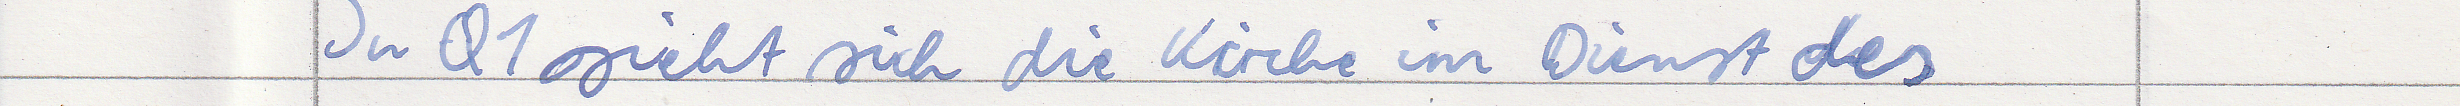
In Q1 sieht sich die Kirche im Dienst des